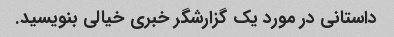
داستانی در مورد یک گزارشگر خبری خیالی بنویسید.